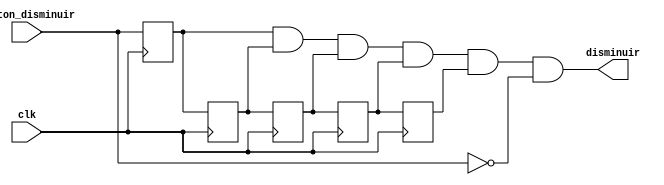
`timescale 1ns / 1ps

module Disminuye_metastabilidad(//modulo para evitar los efectos del rebote del pulsador
    input botton_disminuir,			    //Declaracion de entradas y salidas
    input clk,			    //el modulo consiste en flipflops tipo D en cascada
	 output disminuir
    );

reg FF_1;
reg FF_2;
reg FF_3;
reg FF_4;
reg FF_5;

always @(posedge clk)
begin
	FF_1<=botton_disminuir;
	FF_2<=FF_1;
	FF_3<=FF_2;
	FF_4<=FF_3;
	FF_5<=FF_4;
end

assign disminuir = FF_1 & FF_2 & FF_3 & FF_4 & FF_5 & !botton_disminuir; 

endmodule